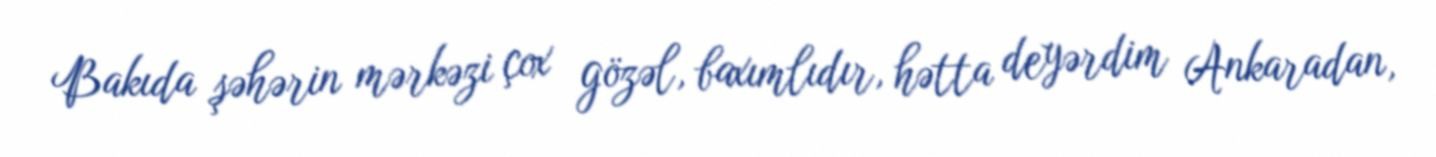
Bakıda şəhərin mərkəzi çox gözəl, baxımlıdır, hətta deyərdim Ankaradan,